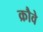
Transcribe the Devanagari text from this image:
क्रौवे